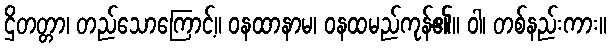
ဌိတတ္တာ၊ တည်သောကြောင့်။ ဝနထာနာမ၊ ဝနထမည်ကုန်၏။ ဝါ၊ တစ်နည်းကား။